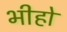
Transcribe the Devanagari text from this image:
भीहो